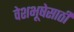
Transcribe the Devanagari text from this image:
वेशभूषेसाठी